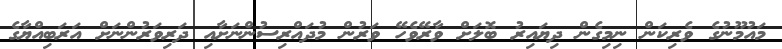
މައުމޫނުގެ ވެރިކަން ނިމިގެން ދިޔައިރު ބޮލަށް ވާރޭވެހޭ ވަރުން މުދައްރިސުންނަށާއި ދަރިވަރުންނަށް އަރަބިއްޔާގެ